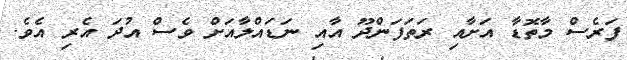
ފަރެސް މާތޮޑާ އަށާއި ރަތަފަންދޫ އާއި ނަޑައްލާއަށް ވެސް އުދަ އެރި އެވެ.